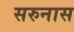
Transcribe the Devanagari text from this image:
सरुनास